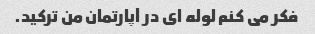
فکر می کنم لوله ای در آپارتمان من ترکید.